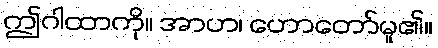
ဤဂါထာကို။ အာဟ၊ ဟောတော်မူ၏။